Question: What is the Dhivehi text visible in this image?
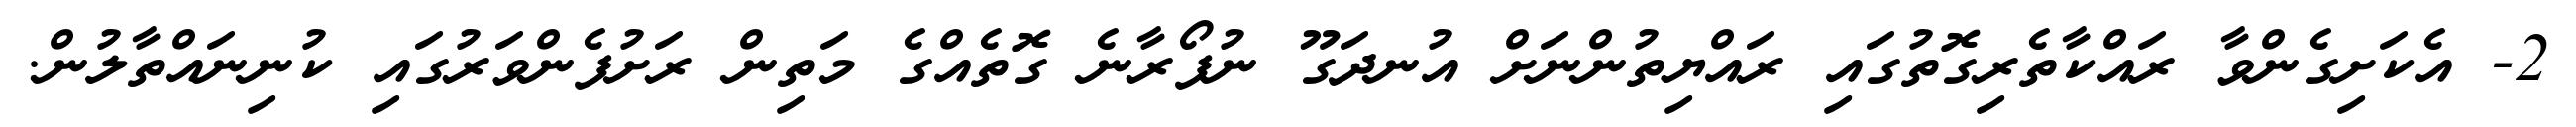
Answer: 2- އެކަށިގެންވާ ރައްކާތެރިގޮތުގައި ރައްޔިތުންނަށް އުނދަގޫ ނުފޯރާނެ ގޮތެއްގެ މަތިން ރަށުފެންވަރުގައި ކުނިނައްތާލުން.